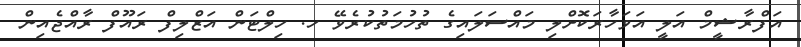
އަފްރާޝީމް އަލީ އަވަހާރަކޮށްލި މައްސަލައިގެ ތުހުމަތުކުރެވޭ ހ. ހިލްޓަން އަޒްލިފް ރައޫފް ރާއްޖެއިން